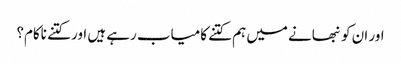
اور ان کو نبھانے میں ہم کتنے کامیاب رہے ہیں اور کتنے ناکام؟